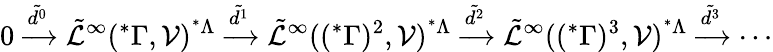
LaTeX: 0\xrightarrow{\tilde{d^{0}}}\tilde{\mathcal{L}}^{\infty}(^{*}\Gamma,\mathcal{V})^{^{*}\Lambda}\xrightarrow{\tilde{d^{1}}}\tilde{\mathcal{L}}^{\infty}((^{*}\Gamma)^{2},\mathcal{V})^{^{*}\Lambda}\xrightarrow{\tilde{d^{2}}}\tilde{\mathcal{L}}^{\infty}((^{*}\Gamma)^{3},\mathcal{V})^{^{*}\Lambda}\xrightarrow{\tilde{d^{3}}}\cdots